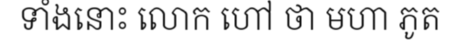
ទាំងនោះ លោក ហៅ ថា មហា ភូត